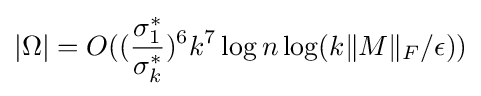
|\Omega |=O(({\frac {\sigma _{1}^{*}}{\sigma _{k}^{*}}})^{6}k^{7}\log n\log(k\|M\|_{F}/\epsilon ))